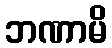
ဘဏာမိ